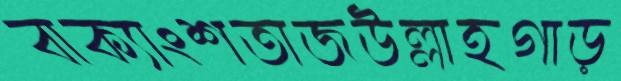
বাক্যাংশতাজউল্লাহগাড়